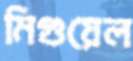
মিগুয়েল